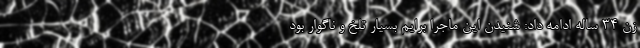
زن ۳۴ ساله ادامه داد: شنیدن این ماجرا برایم بسیار تلخ و ناگوار بود